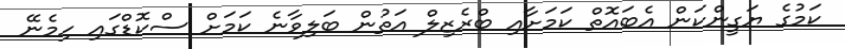
ކަމުގެ ޔަގީންކަން އެބައޮތް ކަމަށާއި ބްރެޒިލް އަތުން ބަލިވާނެ ކަމަށް ސްކޮޑްގައި ހިމެނޭ